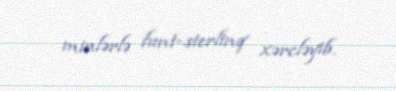
minlərlə funt-sterlinq xərcləyib.